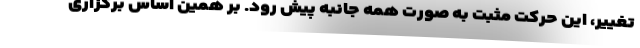
تغییر، این حرکت مثبت به صورت همه جانبه پیش رود. بر همین اساس برگزاری